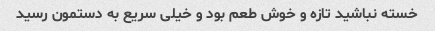
خسته نباشید تازه و خوش طعم بود و خیلی سریع به دستمون رسید